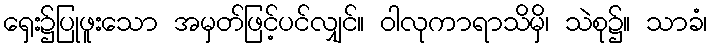
ရှေး၌ပြုဖူးသော အမှတ်ဖြင့်ပင်လျှင်။ ဝါလုကာရာသိမှိ၊ သဲစု၌။ သာခံ၊